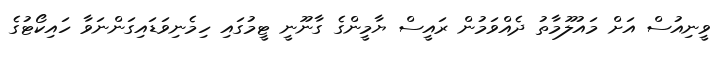
ވީނިއުސް އަށް މައުލޫމާތު ދެއްވަމުން ރައީސް ޔާމީންގެ ގާނޫނީ ޓީމުގައި ހިމެނިވަޑައިގަންނަވާ ހައިކޯޓުގެ